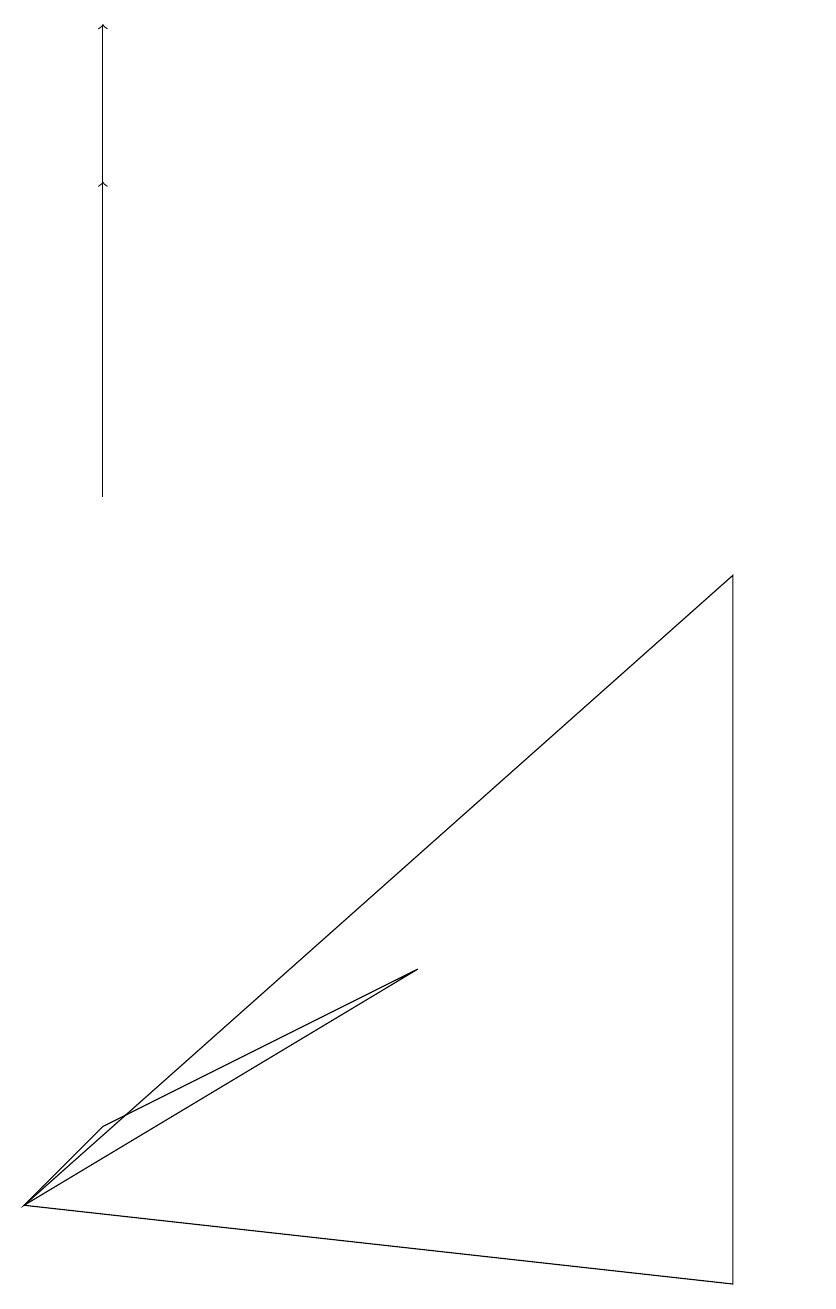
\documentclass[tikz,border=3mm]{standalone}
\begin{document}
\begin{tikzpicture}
\draw (5,4) -- (1,2) -- (0,1) -- cycle;
\draw (9,0) -- (0,1) -- (9,9) -- cycle;
\draw[->] (1,10) -- (1,16);
\draw[->] (1,12) -- (1,14);
\draw (10,11) circle (0);
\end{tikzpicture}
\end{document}